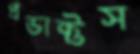
প্রডাক্টস